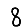
Digit: 8